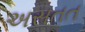
અસતત